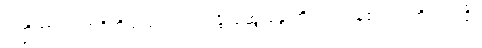
ပဏ္ဍိတာ၊ ပညာရှိတို့သည်။ သလ္လပန္တိ၊ ဆွေးနွေးတိုင်ပင်ကုန်၏။ ဣတိ၊ ဤသို့။